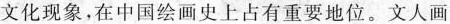
文化现象，在中国绘画史上占有重要地位。文人画